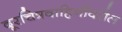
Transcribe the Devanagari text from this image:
दूरचित्रवाहिनींवरील